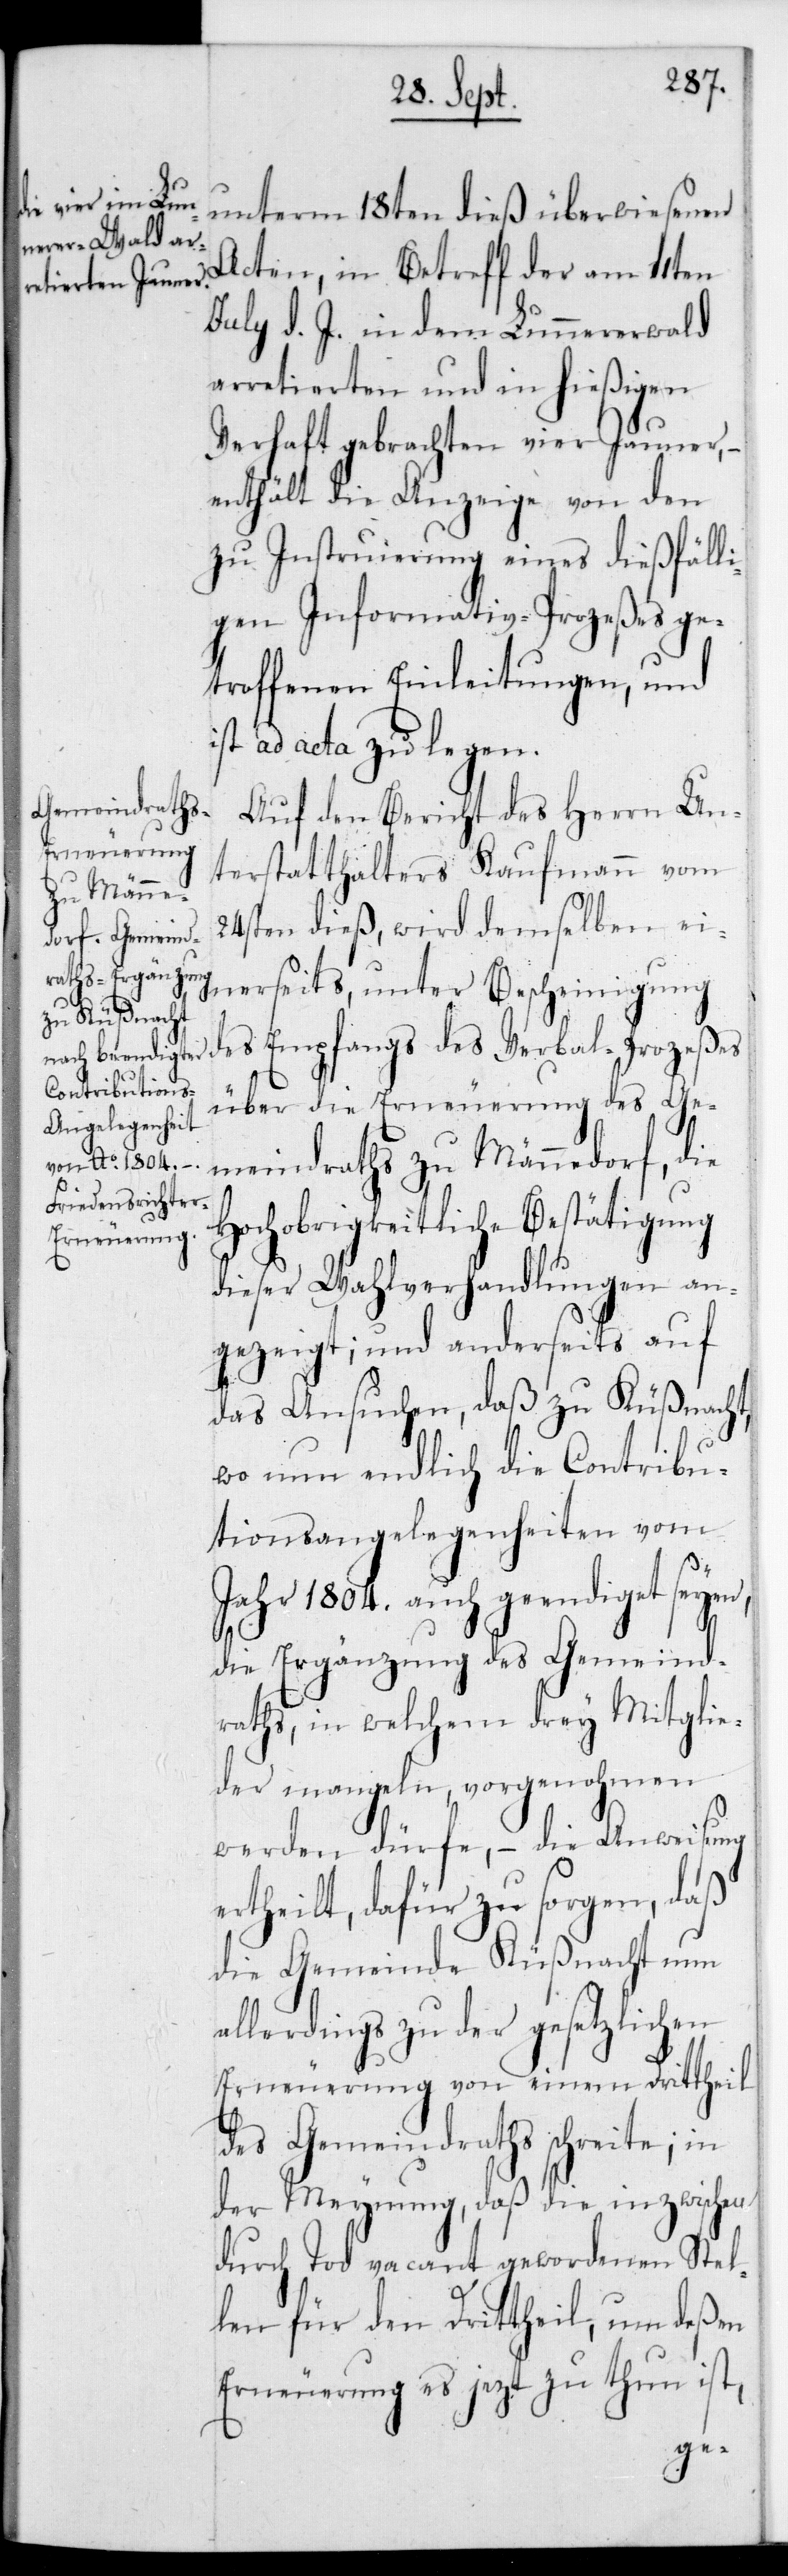
unterm 18ten dieß überwiesenen
Acten, in Betreff der am 11ten
Julii d. J. in dem Lunnerer-Wald
arretierten und in hießigen
Verhaft gebrachten vier Jauner, –
enthält die Anzeige von den
zu Instruierung eines dießfäll¬
igen Informativ-Prozeßes ge¬
troffenen Einleitungen, und
ist ad acta zu legen.
Auf den Bericht des Herrn Un¬
terstatthalters Kaufmann vom
24sten dieß, wird demselben ei¬
nerseits unter Bescheinigung
über die Erneuerung des Ge¬
meindraths zu Männedorf, die
Hochobrigkeitliche Bestätigung
dieser Wahlverhandlungen an¬
gezeigt; und anderseits auf
das Ansuchen, daß zu Küßnacht,
wo nun endlich die Contribu¬
tionsangelegenheiten vom
Jahr 1804 auch geendiget seyen,
die Ergänzung des Gemeind¬
raths, in welchem drey Mitglie¬
der mangeln, vorgenohmen
werden dürfe, – die Anweisung
ertheilt, dafür zu sorgen, daß
die Gemeinde Küßnacht nun
allerdings zu der gesetzlichen
Erneuerung von einem Drittheil
des Gemeindraths schreite; in
der Meynung, daß die inzwischen
durch Tod vacant gewordenen Stel¬
len für den Drittheil, um deßen
Erneuerung es jezt zu thun ist,